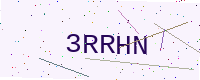
Text: 3RRHN